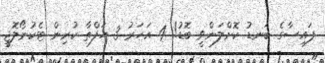
ފައިސާގެ ބަނޑު ކޮށްލަންވީ ބޮޑު! 4 އަހަރު 3 ހަފްތާ ކުރިން ޓެކުނޯލޮޖީ